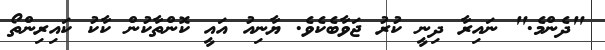
"ދެންމެ." ނައިރާ ދިނީ ކުރު ޖަވާބެކެވެ. ޔާނިއު އައީ ކޮންތާކުން ކާކު ކައިރިންތޯ